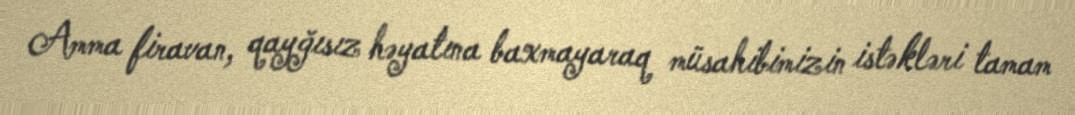
Amma firavan, qayğısız həyatına baxmayaraq müsahibimizin istəkləri tamam